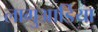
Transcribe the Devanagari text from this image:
लागुआर्डिया